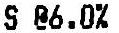
S @6.0%